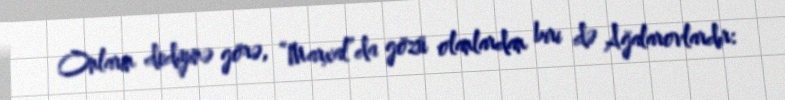
Onların dediyinə görə, “Marxal”da gözü olanlardan biri də Ağalarovlardır: